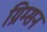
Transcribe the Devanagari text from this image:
ग्रिम्सन